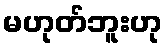
မဟုတ်ဘူးဟု